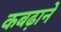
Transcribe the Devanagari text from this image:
कबढ़ाने